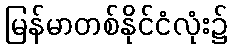
မြန်မာတစ်နိုင်ငံလုံး၌